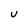
Character: u